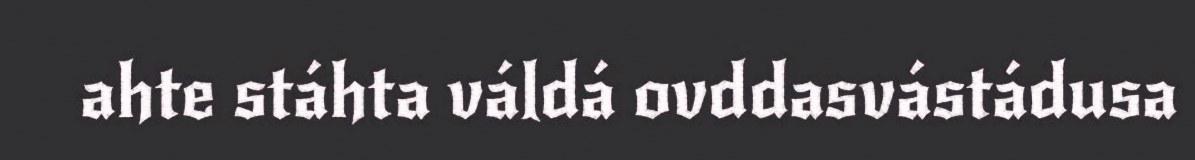
ahte stáhta váldá ovddasvástádusa